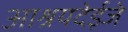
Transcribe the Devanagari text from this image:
आश्रयदेईजे